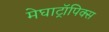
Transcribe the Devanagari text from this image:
मेघाट्रॉपिक्स